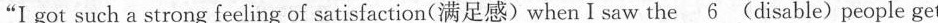
“I got such a strong feeling of satisfaction(满足感)when Isaw the \underline{ 6} (disable) people get